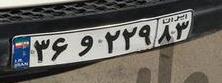
۳۶و۲۲۹۸۳